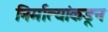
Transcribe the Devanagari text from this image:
निर्मात्यांकडून